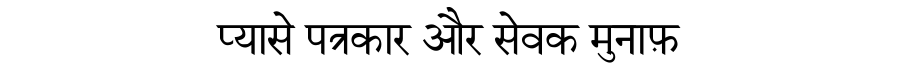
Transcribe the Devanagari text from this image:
प्यासे पत्रकार और सेवक मुनाफ़